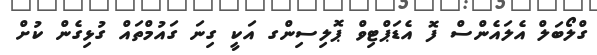
ގްލޯބަލް އެލައެންސް ފޮ އެޑަޕްޓިވް ޕޮލިސިންގ އަކީ ގިނަ ގައުމްތައް ގުޅިގެން ކުށް